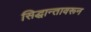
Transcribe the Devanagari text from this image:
सिद्धान्तावरून